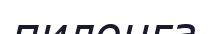
пилонға